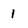
Character: 1